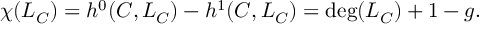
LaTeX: \chi ( L _ { C } ) = h ^ { 0 } ( C , L _ { C } ) - h ^ { 1 } ( C , L _ { C } ) = \deg ( L _ { C } ) + 1 - g .